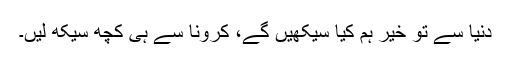
دنیا سے تو خیر ہم کیا سیکھیں گے، کرونا سے ہی کچھ سیکھ لیں۔